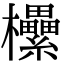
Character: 欙